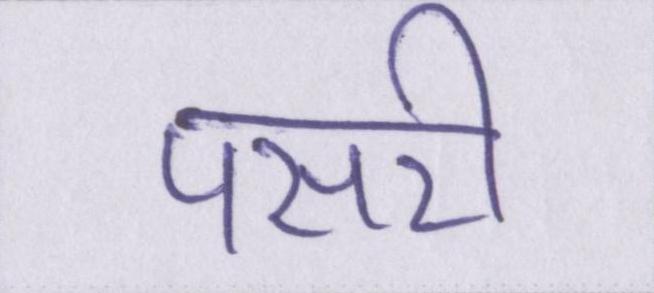
पसरी